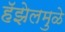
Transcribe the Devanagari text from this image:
हॅझेलमुळे